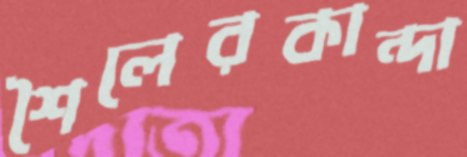
শৈলেরকান্দা